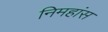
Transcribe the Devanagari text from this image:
निमहांस